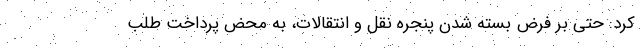
کرد: حتی بر فرض بسته شدن پنجره نقل و انتقالات، به محض پرداخت طلب